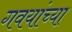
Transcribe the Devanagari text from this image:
गवयांच्या